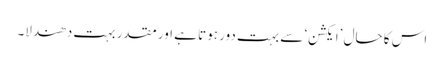
اس کا حال ’ایکشن‘ سے بہت دور ہوتا ہے اور مقدر بہت دھندلا۔